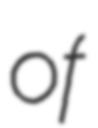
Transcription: of